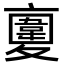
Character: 𩏉